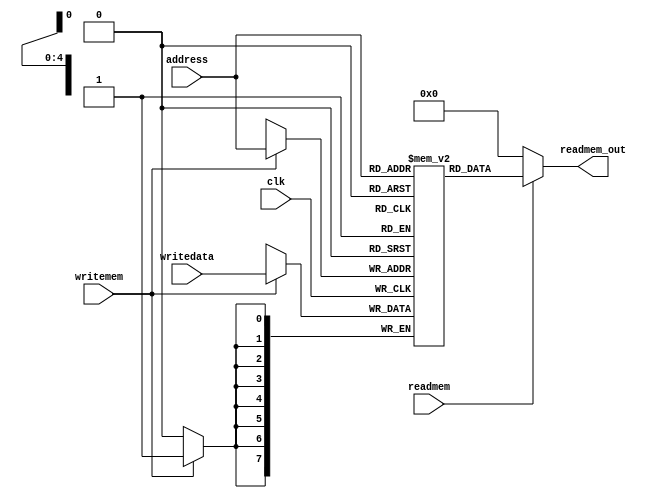
module Memory(input[4:0] address,input[7:0] writedata, input clk,writemem,readmem,output[7:0] readmem_out);

reg [7:0]Memory[0:31];
initial begin
		// Memory[0] = 8'b10011001;//push 25 be stack
		// Memory[1] = 8'b10011010;//push 26 be stack
		// Memory[2] = 8'b10011011;//push 27 be stack
		// Memory[3] = 8'b10011100;//push 28 be stack
		// Memory[4] = 8'b10011101;//push 29 be stack
		// Memory[5] = 8'b00000000;//add 
		// Memory[6] = 8'b00000000;//add
		// Memory[7] = 8'b00000000;//add
		// Memory[8] = 8'b00000000;//add
		// Memory[9] = 8'b10111110;//pop be 30

		// Memory[25] = 8'b00001001;
		// Memory[26] = 8'b00000111;
		// Memory[27] = 8'b00000101;
		// Memory[28] = 8'b00000011;
		// Memory[29] = 8'b00000001;

		// Memory[0] = 8'b10011101;	// push 8 in St
		// Memory[1] = 8'b01100000;	//not 00001000
		
		// Memory[2] = 8'b10111111;	// pop 10111011 from st and store it on Memory[31]
		// Memory[3] = 8'b10111110;	// pop 0 from st and store it on Memory[30]

		// Memory[27] = 8'b01100110;//102
		// Memory[28] = 8'b10101010;//170
		// Memory[29] = 8'b00001000;//8
		// Memory[30] = 8'b00010000;//16
    // Memory[0]=8'b10001110 // push M[14]
    // Memory[1]=8'b10001111 // push M[15]
    // Memory[2]=8'b10010000 // push M[16]
    // Memory[3]=8'b10010001 // push M[17]
    // Memory[4]=8'b10010010 // push M[18]
    // Memory[5]=8'b10110011 // pop M[19]
    // Memory[0]=8'b00001010 // add  -4 + -3 = -7
    // Memory[0]00100011 // sub  -7 - 2 = -9
    // Memory[0]01100000 // not -9 = 8
    // Memory[0]10010100 // push M[20]
    // Memory[0]11101101 // jz 13
    // 00000000
    // 00000000
    // 11011111 // jump 31
    // 00000001 // data memory  az inja shooroo mishe
    // 00000010
    // 11111101
    // 11111100
    // 00000101
    // 00000111
    // 00000000

	end
always @(posedge clk)begin
  if (writemem)
    Memory[address] <= writedata ;


  end
  assign readmem_out=readmem?Memory[address]:8'b0;
endmodule